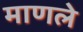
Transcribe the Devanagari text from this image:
माणले